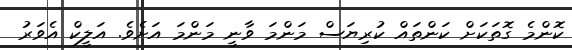
ކޮންމެ ގޮތަކަށް ކަންތައް ކުރިޔަސް މަންމަ ވާނީ މަންމަ އަށެވެ. އަލީކް އެވަރު